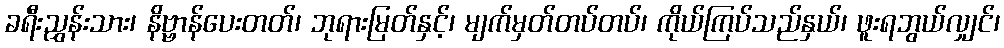
ခရီးညွှန်းသား၊ နိဗ္ဗာန်ပေးတတ်၊ ဘုရားမြတ်နှင့်၊ မျက်မှတ်တပ်တပ်၊ ကိုယ်ကြပ်သည်နှယ်၊ ဖူးရဘွယ်လျှင်၊